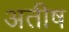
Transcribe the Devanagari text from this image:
अतीष